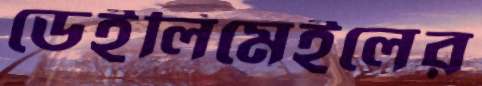
ডেইলিমেইলের